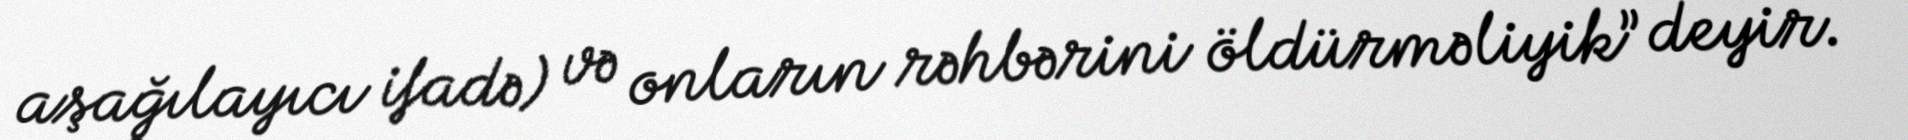
aşağılayıcı ifadə) və onların rəhbərini öldürməliyik” deyir.